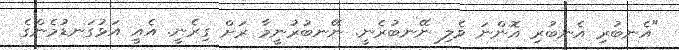
"އެނބުރި އެނބުރި އޮންނަ ވެލި ނޭނބުރެނީ. ނޭނބުރުނީމާ ރަށް ގިރެނީ. އެއީ އަޅުގަނޑުމެންގެ